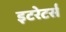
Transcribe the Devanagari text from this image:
इटरेटर्स